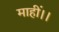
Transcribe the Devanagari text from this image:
माहीं।।